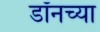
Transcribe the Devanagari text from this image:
डॉनच्या